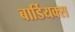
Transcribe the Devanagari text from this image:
बार्डियक्स